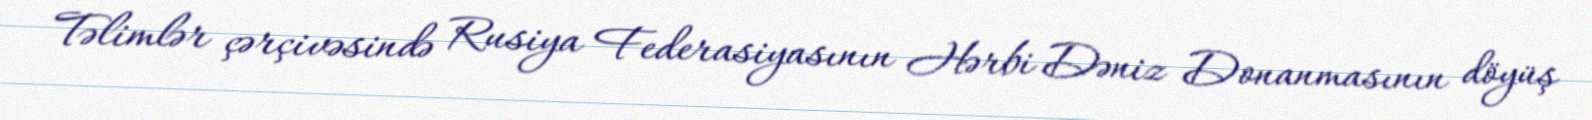
Təlimlər çərçivəsində Rusiya Federasiyasının Hərbi Dəniz Donanmasının döyüş